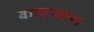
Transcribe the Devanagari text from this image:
वापरातल्या